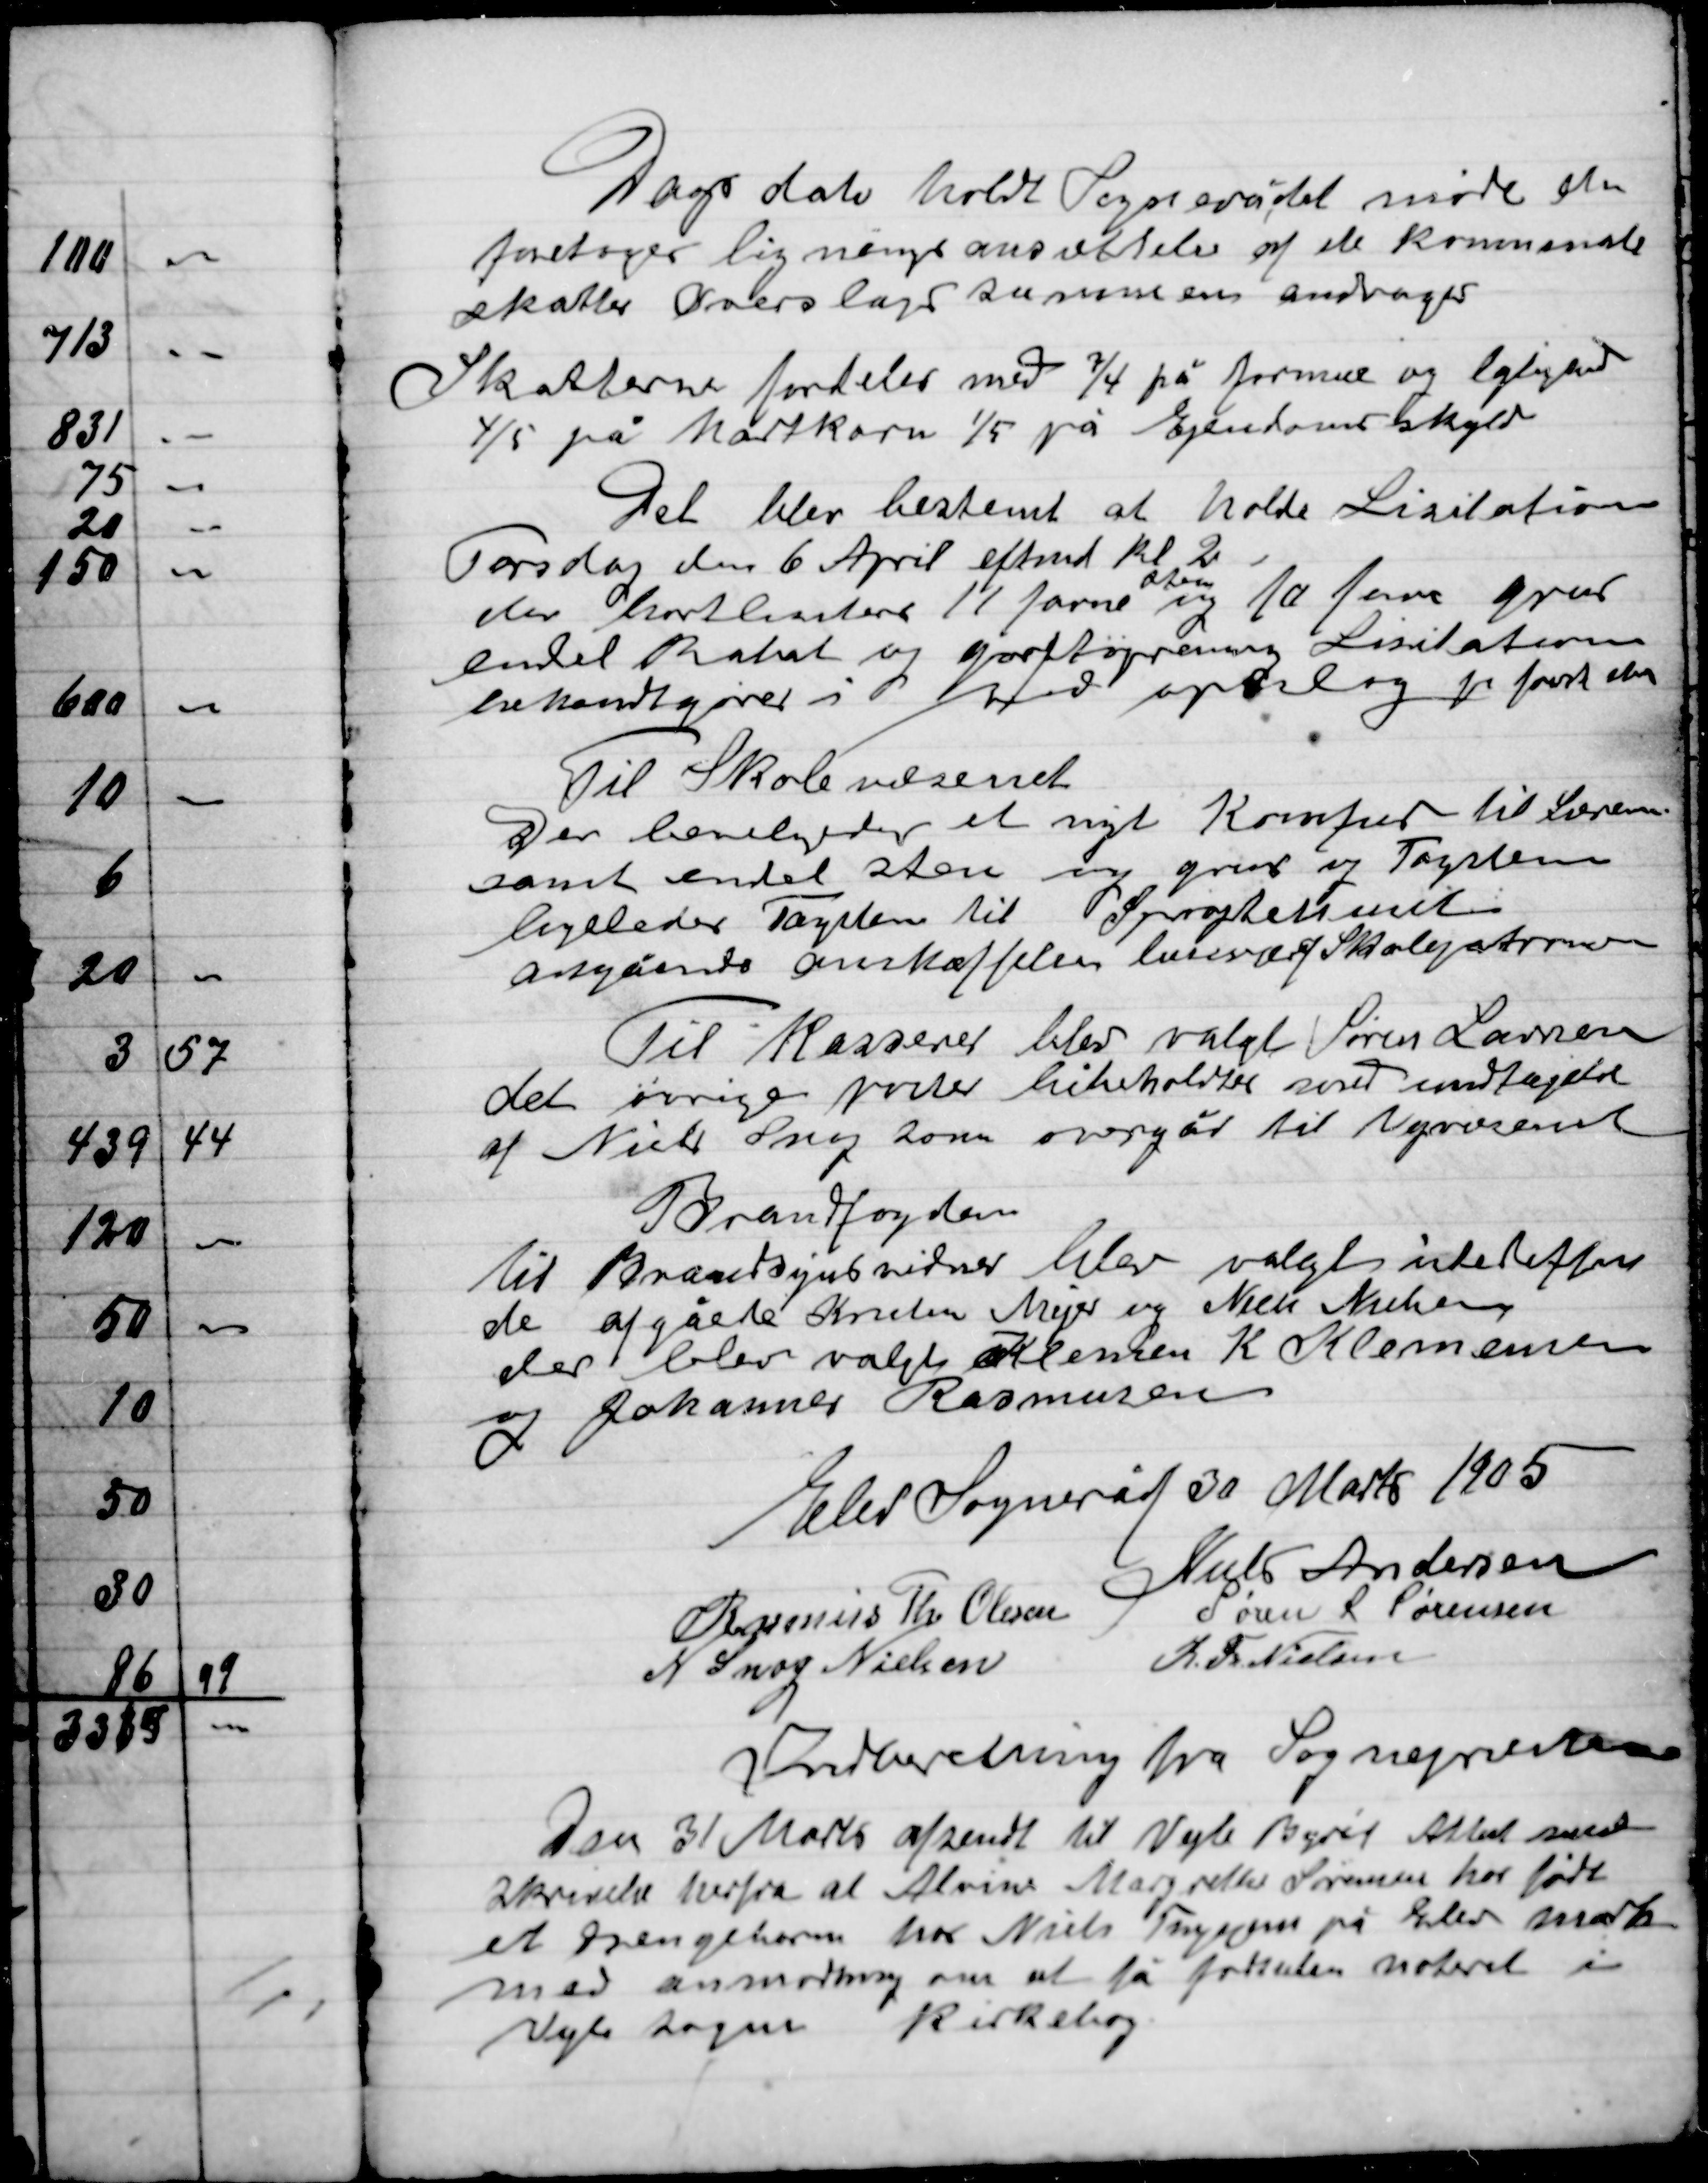
Transskription:
Dags dato holdt sognerådet møde der
Foretoges ligningsansættelse af de kommende
Skatte Overslag sammen andrager

Skatterne fodedeler med ¾ på formue og lejlighed
4/5 på Hartkorn 1/5 på ejendomsskyld

Det blev bestemt at holde Licitation
Torsdag den 6 April eftmd. Kl. 2
Der bestemtes 11 favne
sten
og 10 favne grus
En del Rald og jordtagning Licitation
Bekendtgøres i opslag pr første den

Til Skolevæsenet
Der leveredes et nyt Komfur til Læren
samt en del sten og grus og Tagsten
ligeledes Tagsten til Sprøjtehuset
angående anskaffelsen lærer og Skolebestyreren

Til kasserer blev valgt Søren Larsen
det øvrige poster bibeholdes samt undtagelse
af Niels Snog som overgår til Vejvæsenet

Brandfogden
Til Brandsynsvæsenet blev valgt indetruffen
 de afgåede Kresten Mejer og Niels Nielsen
der blev valgt Klemmen K. Klemmensen
Og Johannes Rasmusse

Elev Sogneråd 30 Marts 1905

Niels Andersen
Rasmus Th. Olsen
Niels Andersen
N. Snog Niels
K. Th. Nielsen

Indberetning fra Sognepræsten
Den 31 Marts afsendt til Vejle Byråd Afslut med
Skrivelse hvorfra at Alvine Margrethe Sørensen har født
et Drengebarn hos Niels Thygesen på Elsted mark
Med anmodning om at få fødslen noteret i
Vejle Sogns Kidrkebog